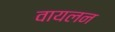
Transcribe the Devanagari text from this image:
वायलन